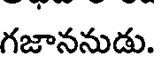
గజాననుడు.